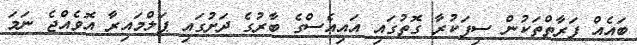
ބައެއް ފަރާތްތަކުން ސިފަކުރާ ގޮތުގައި އައިއެސްގެ ބާރުގެ ދަށުގައި ޕަލްމައިރާ އޮވެއްޖެ ނަމަ